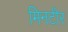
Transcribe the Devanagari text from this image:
मिनटीर